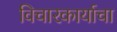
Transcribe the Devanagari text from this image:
विचारकार्याचा